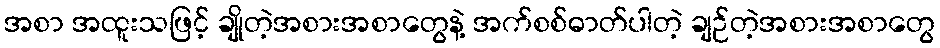
အစာ အထူးသဖြင့် ချိုတဲ့အစားအစာတွေနဲ့ အက်စစ်ဓာတ်ပါတဲ့ ချဉ်တဲ့အစားအစာတွေ